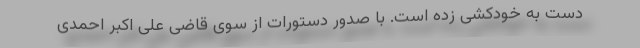
دست به خودکشی زده است. با صدور دستورات از سوی قاضی علی اکبر احمدی